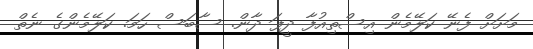
މަށަށް ފެނޭ ކަލޭމެން އިސްތިއުފާ ދީފަ ދާން. ސާބަސް ހަމަ. ކަލޭމެންގެ ނެތް